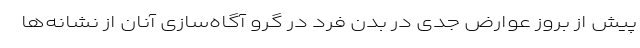
پیش از بروز عوارض جدی در بدن فرد در گرو آگاه‌سازی آنان از نشانه‌ها